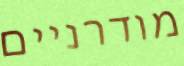
מודרניים